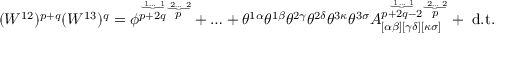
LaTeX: ( W ^ { 1 2 } ) ^ { p + q } ( W ^ { 1 3 } ) ^ { q } = \phi ^ { \stackrel { \underbrace { \mathrm { \scriptsize ~ 1 \ldots ~ 1 } } } { p + 2 q } \stackrel { \underbrace { \mathrm { \scriptsize ~ 2 \ldots ~ 2 } } } { p } } + \ldots + \theta ^ { 1 \alpha } \theta ^ { 1 \beta } \theta ^ { 2 \gamma } \theta ^ { 2 \delta } \theta ^ { 3 \kappa } \theta ^ { 3 \sigma } A _ { [ \alpha \beta ] [ \gamma \delta ] [ \kappa \sigma ] } ^ { \stackrel { \underbrace { \mathrm { \scriptsize ~ 1 \ldots ~ 1 } } } { p + 2 q - 2 } \stackrel { \underbrace { \mathrm { \scriptsize ~ 2 \ldots ~ 2 } } } { p } } + \mathrm { \small ~ d . t . }